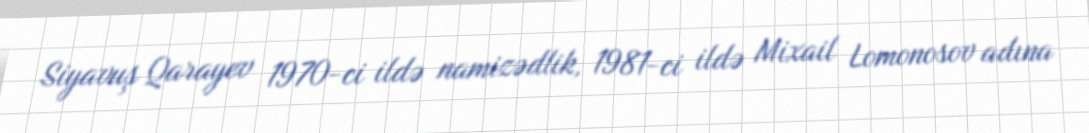
Siyavuş Qarayev 1970-ci ildə namizədlik, 1981-ci ildə Mixail Lomonosov adına